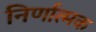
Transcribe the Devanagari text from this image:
निर्णात्मक